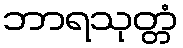
ဘာရသုတ္တံ